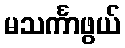
မသင်္ကာဖွယ်